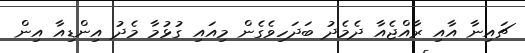
ޗައިނާ އާއި ރާއްޖެއާ ދެމެދު ބަދަހިވެގެން މިއައި ގުޅުމާ މެދު އިންޑިއާ އިން